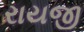
રાયજી